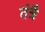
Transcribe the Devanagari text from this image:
तंत्रै